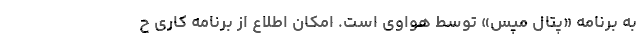
به برنامه «پتال مپس» توسط هواوی است. امکان اطلاع از برنامه کاری ح